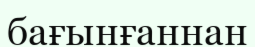
бағынғаннан